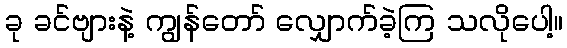
ခု ခင်ဗျားနဲ့ ကျွန်တော် လျှောက်ခဲ့ကြ သလိုပေါ့။